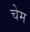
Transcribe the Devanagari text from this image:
चेम